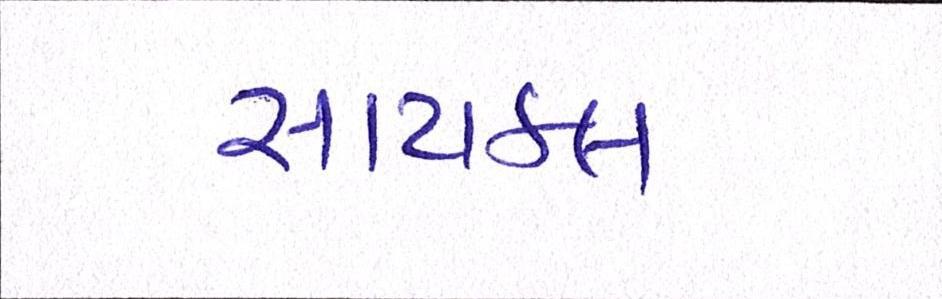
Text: સાયકલ